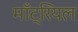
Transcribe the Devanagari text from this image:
माँट्रियल